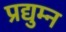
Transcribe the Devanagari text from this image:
प्रद्युम्‍न